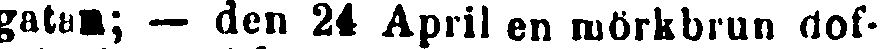
gatan; — den 24 April en mörkbrun dof-